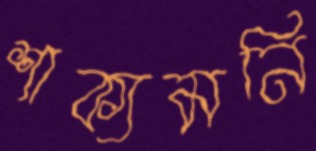
শাক্যমনি